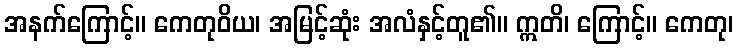
အနက်ကြောင့်။ ကေတုဝိယ၊ အမြင့်ဆုံး အလံနှင့်တူ၏။ ဣတိ၊ ကြောင့်။ ကေတု၊